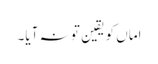
اماں کو یقین تو نہ آیا۔